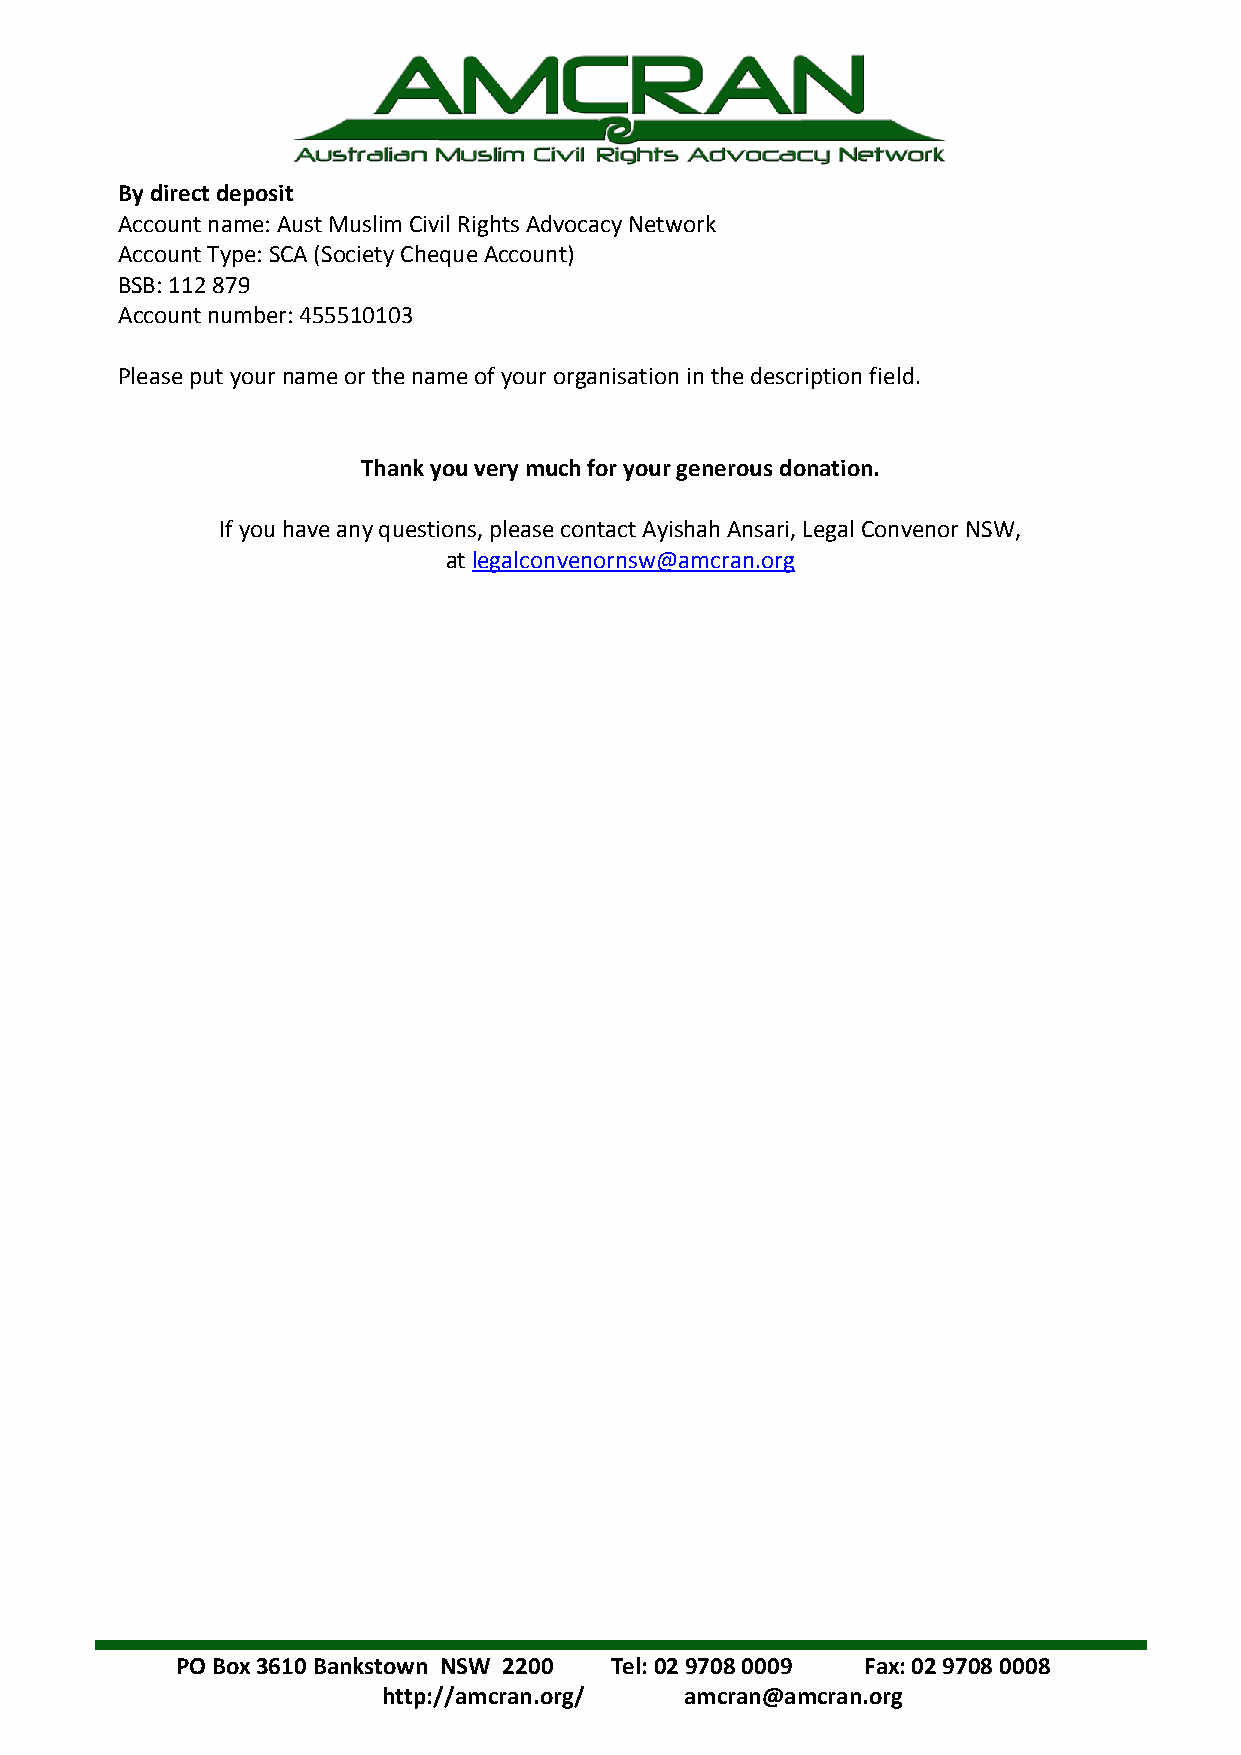
By direct deposit
 Account name: Aust Muslim Civil Rights Advocacy Network
 Account Type: SCA (Society Cheque Account)
 BSB: 112 879
 Account number: 455510103
 Please put your name or the name of your organisation in the description field.
 Thank you very much for your generous donation.
 If you have any questions, please contact Ayishah Ansari, Legal Convenor NSW,
 at legalconvenornsw@amcran.org
 PO Box 3610 Bankstown NSW 2200 T el: 02 9708 0009 Fax: 02 9708 0008
 http://amcran.org/  amcran@amcran.org